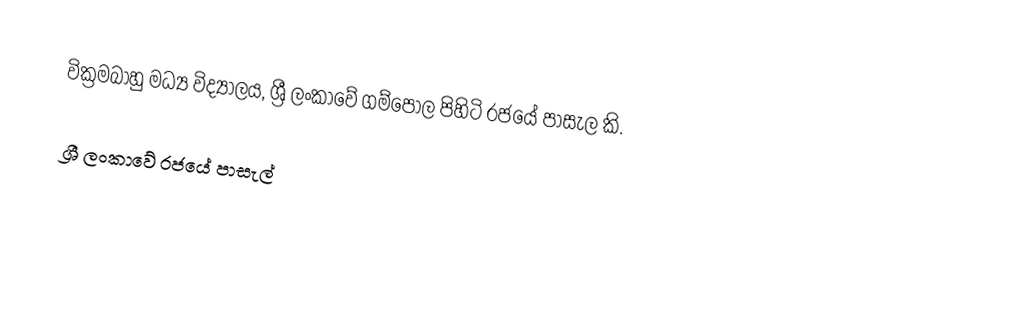
වික්‍රමබාහු මධ්‍ය විද්‍යාලය, ශ්‍රී ලංකාවේ ගම්පොල පිහිටි රජයේ පාසැල කි.

ශ්‍රී ලංකාවේ රජයේ පාසැල්